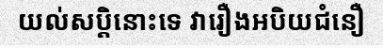
យល់សប្តិនោះទេ វារឿងអបិយជំនឿ